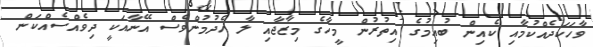
ވާހަކަދެއްކުމާއި ކެއިން ބުއިމުގެ އިތުރުން މީހާގެ މިޒާޖާއި ލާ ހެދުމުންވެސް އޭނާއަކީ ދިވެއްސެއްކަން